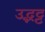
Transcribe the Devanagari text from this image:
उद्भट्ट